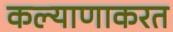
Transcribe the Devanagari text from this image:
कल्याणाकरत